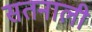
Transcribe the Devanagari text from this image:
सतनाली